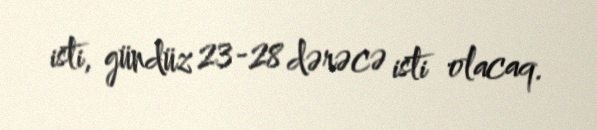
isti, gündüz 23-28 dərəcə isti olacaq.